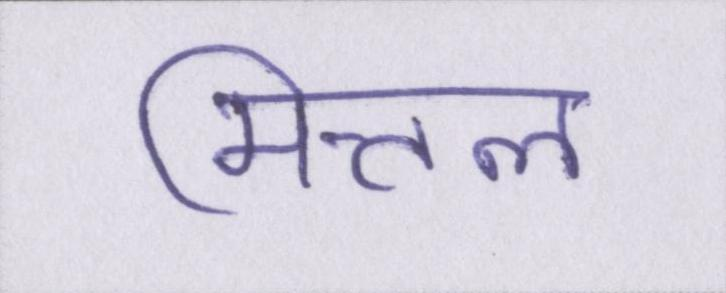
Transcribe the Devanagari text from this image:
मित्तल